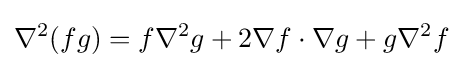
\nabla ^{2}(fg)=f\nabla ^{2}g+2\nabla f\cdot \nabla g+g\nabla ^{2}f